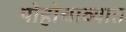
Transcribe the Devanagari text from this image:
पोहोचाव्यात